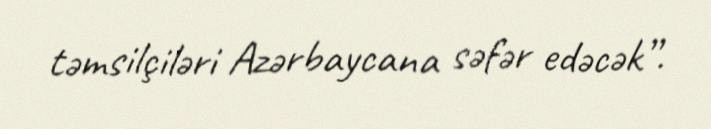
təmsilçiləri Azərbaycana səfər edəcək”.